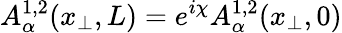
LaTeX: A_{\alpha}^{1,2}(x_{\perp},L)=e^{i\chi}A_{\alpha}^{1,2}(x_{\perp},0)